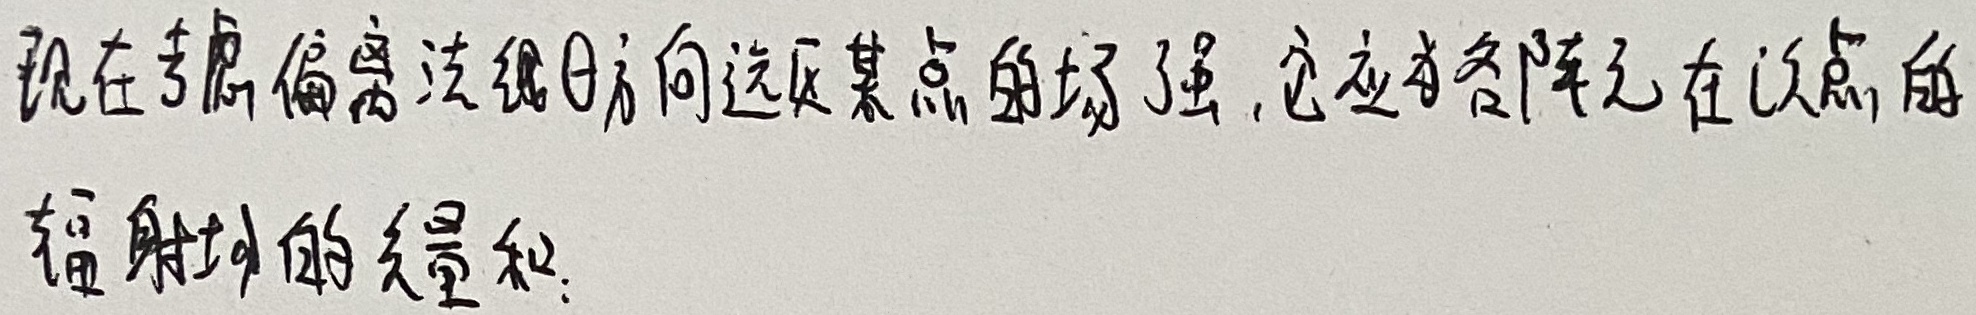
现在考虑偏离法线\(\theta\)方向远处某点的场强，它应为各阵元在该点的辐射场的矢量和。